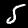
Digit: 5